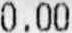
0.00